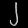
Digit: ၂